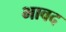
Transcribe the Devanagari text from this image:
भावद